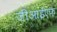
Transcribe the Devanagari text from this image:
जीआईएफ